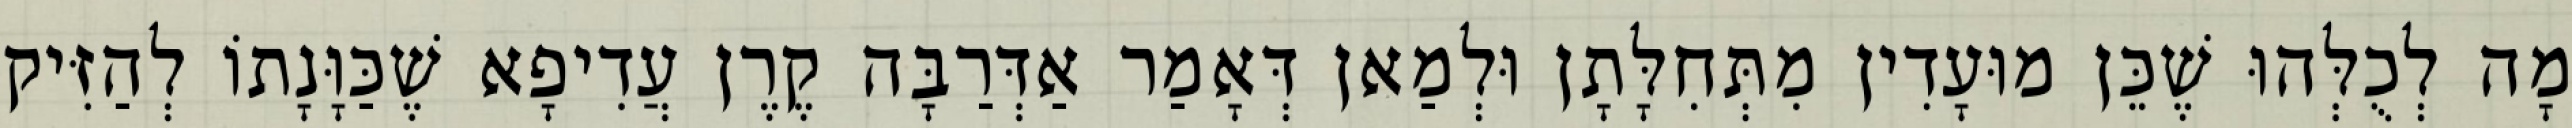
מָה לְכֻלְּהוּ שֶׁכֵּן מוּעָדִין מִתְּחִלָּתָן וּלְמַאן דְּאָמַר אַדְּרַבָּה קֶרֶן עֲדִיפָא שֶׁכַּוָּנָתוֹ לְהַזִּיק